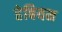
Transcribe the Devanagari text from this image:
हेबियन